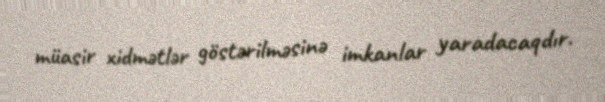
müasir xidmətlər göstərilməsinə imkanlar yaradacaqdır.